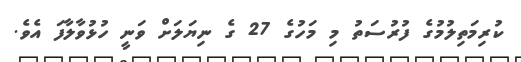
ކުރިމަތިލުމުގެ ފުރުސަތު މި މަހުގެ 27 ގެ ނިޔަލަށް ވަނީ ހުޅުވާލާފަ އެވެ.